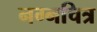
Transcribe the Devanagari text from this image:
नग्नचित्र